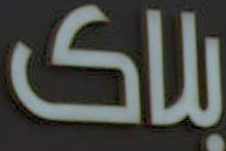
بلاک